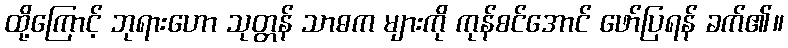
ထို့ကြောင့် ဘုရားဟော သုတ္တန် သာဓက များကို ကုန်စင်အောင် ဖော်ပြရန် ခက်၏။